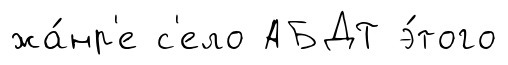
жа́нр'е с'ело АБДТ э́того